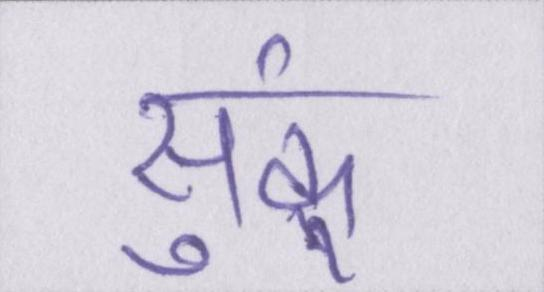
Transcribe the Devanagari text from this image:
सुकूं